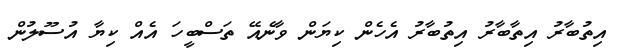
އިތުބާރު އިތާބާރު އިތުބާރު އެހެން ކިޔަން ވާނެއޭ ތަސްބީހަ އެއް ކިޔާ އުސޫލުން